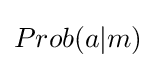
Prob(a|m)